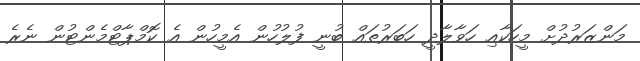
މަންޒަރުދުށް މީހަކާއި ހަވާލާދީ ހަބަރުތައް ބުނީ ފުލުހުން އެމީހުން އެ ކޮމްޕާޓްމެންޓުން ނެރެ